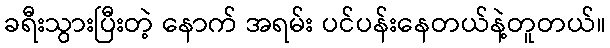
ခရီးသွားပြီးတဲ့ နောက် အရမ်း ပင်ပန်းနေတယ်နဲ့တူတယ်။